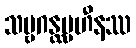
သဗ္ဗဂန္ထပ္ပဟီနဿ